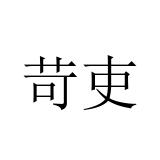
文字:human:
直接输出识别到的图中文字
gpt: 苛吏